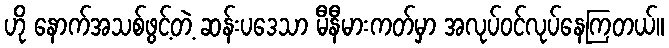
ဟို နောက်အသစ်ဖွင့်တဲ့ ဆန်းပဒေသာ မီနီမားကတ်မှာ အလုပ်ဝင်လုပ်နေကြတယ်။